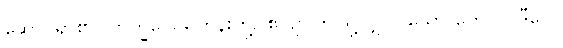
ဆောင်ရာ၏။ ဘိက္ခဝေ၊ ရဟန်းတို့။ ဧဝဉှိ၊ ဤသို့လျှင်။ သော တေလပ္ပဒီပေါ၊